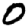
Digit: 0